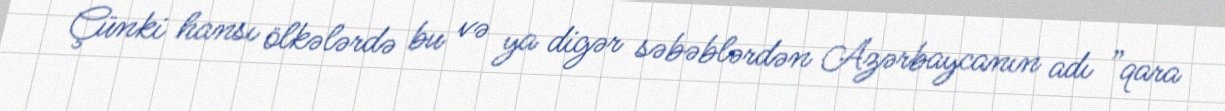
Çünki hansı ölkələrdə bu və ya digər səbəblərdən Azərbaycanın adı ”qara